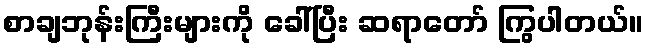
စာချဘုန်းကြီးများကို ခေါ်ပြီး ဆရာတော် ကြွပါတယ်။